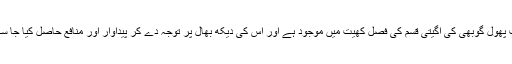
اس وقت پھول گوبھی کی اگیتی قسم کی فصل کھیت میں موجود ہے اور اس کی دیکھ بھال پر توجہ دے کر پیداوار اور منافع حاصل کیا جا سکتا ہے۔